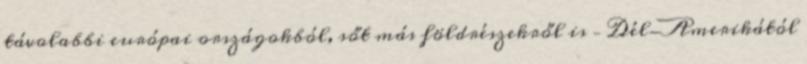
távolabbi európai országokból, sőt más földrészekről is – Dél-Amerikától